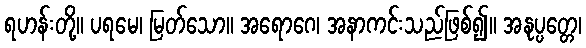
ရဟန်းတို့။ ပရမေ၊ မြတ်သော။ အရောဂေ၊ အနာကင်းသည်ဖြစ်၍။ အနုပ္ပတ္တေ၊